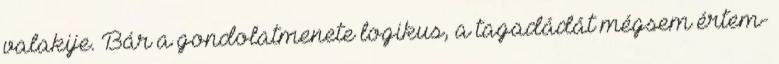
valakije. Bár a gondolatmenete logikus, a tagadádát mégsem értem-